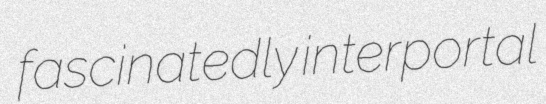
fascinatedly interportal